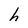
Character: h